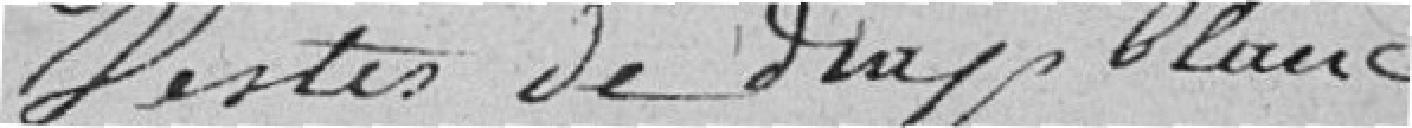
vestes de drap blanc